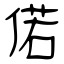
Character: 偌